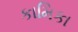
કામિકા